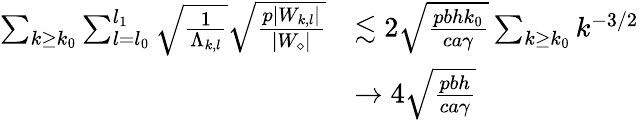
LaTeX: \begin{array}{rl}{\sum_{k\geq k_{0}}\sum_{l=l_{0}}^{l_{1}}\sqrt{\frac{1}{\Lambda_{k,l}}}\sqrt{\frac{p|W_{k,l}|}{|W_{\diamond}|}}}&{\lesssim 2\sqrt{\frac{pbhk_{0}}{ca\gamma}}\sum_{k\geq k_{0}}k^{-3/2}}\\ &{\to 4\sqrt{\frac{pbh}{ca\gamma}}}\end{array}